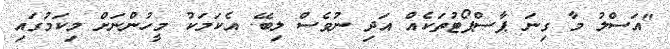
"އަސްލު މާ ގިނަ ޕާސްޕޯޓުތަކެއް އަދި ނުވެސް ލިބޭ. އެކަމަކު މީހުންނަށް މިކަމުގައި